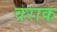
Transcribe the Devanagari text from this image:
वराक